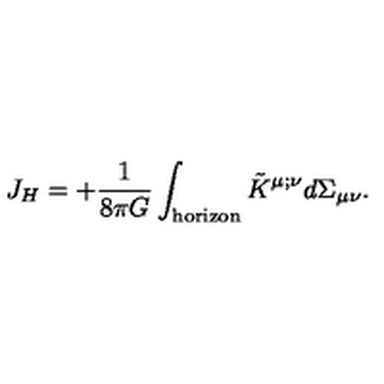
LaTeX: J _ { H } = + { \frac { 1 } { 8 \pi G } } \int _ { \mathrm { h o r i z o n } } \tilde { K } ^ { \mu ; \nu } d \Sigma _ { \mu \nu } .